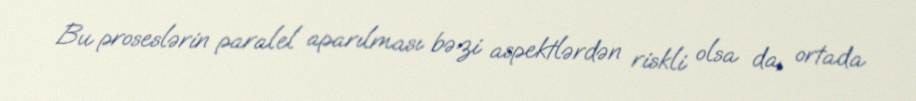
Bu proseslərin paralel aparılması bəzi aspektlərdən riskli olsa da, ortada